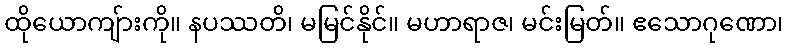
ထိုယောကျ်ားကို။ နပဿတိ၊ မမြင်နိုင်။ မဟာရာဇ၊ မင်းမြတ်။ ဧသောဂုဏော၊